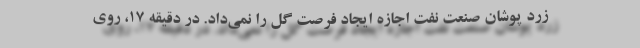
زرد پوشان صنعت نفت اجازه ایجاد فرصت گل را نمی‌داد. در دقیقه ١٧، روی